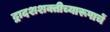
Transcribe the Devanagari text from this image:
द्वादशशक्तीच्यारूपाचें